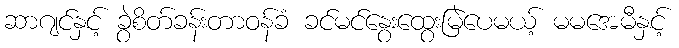
ဆာဂျင်နှင့် ခွဲစိတ်ခန်းတာဝန်ခံ ခင်မင်နွေးထွေးမြဲပေမယ့် မမအေမီနှင့်